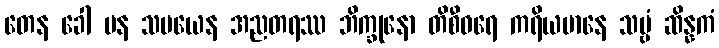
တေန ခေါ ပန သမယေန အညတရဿ ဘိက္ခုနော တိစီဝရေ ကရိယမာနေ သဗ္ဗံ ဆိန္နကံ